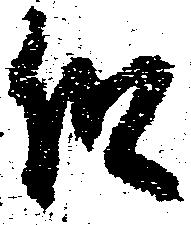
但